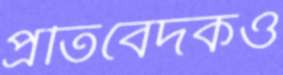
প্রতিবেদকও